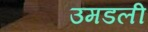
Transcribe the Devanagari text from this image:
उमडली